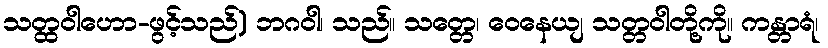
သတ္ထဝါဟော-ဖွင့်သည်) ဘဂဝါ၊ သည်။ သတ္တေ၊ ဝေနေယျ သတ္တဝါတို့ကို။ ကန္တာရံ၊